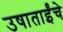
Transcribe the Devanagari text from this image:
उषाताईंचे